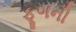
ફૂગની